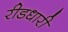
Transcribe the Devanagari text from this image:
रीडधारी